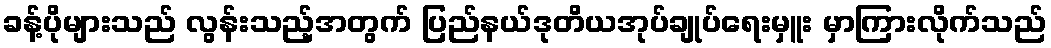
ခန့်ပိုများသည် လွန်းသည့်အတွက် ပြည်နယ်ဒုတိယအုပ်ချုပ်ရေးမှူး မှာကြားလိုက်သည်